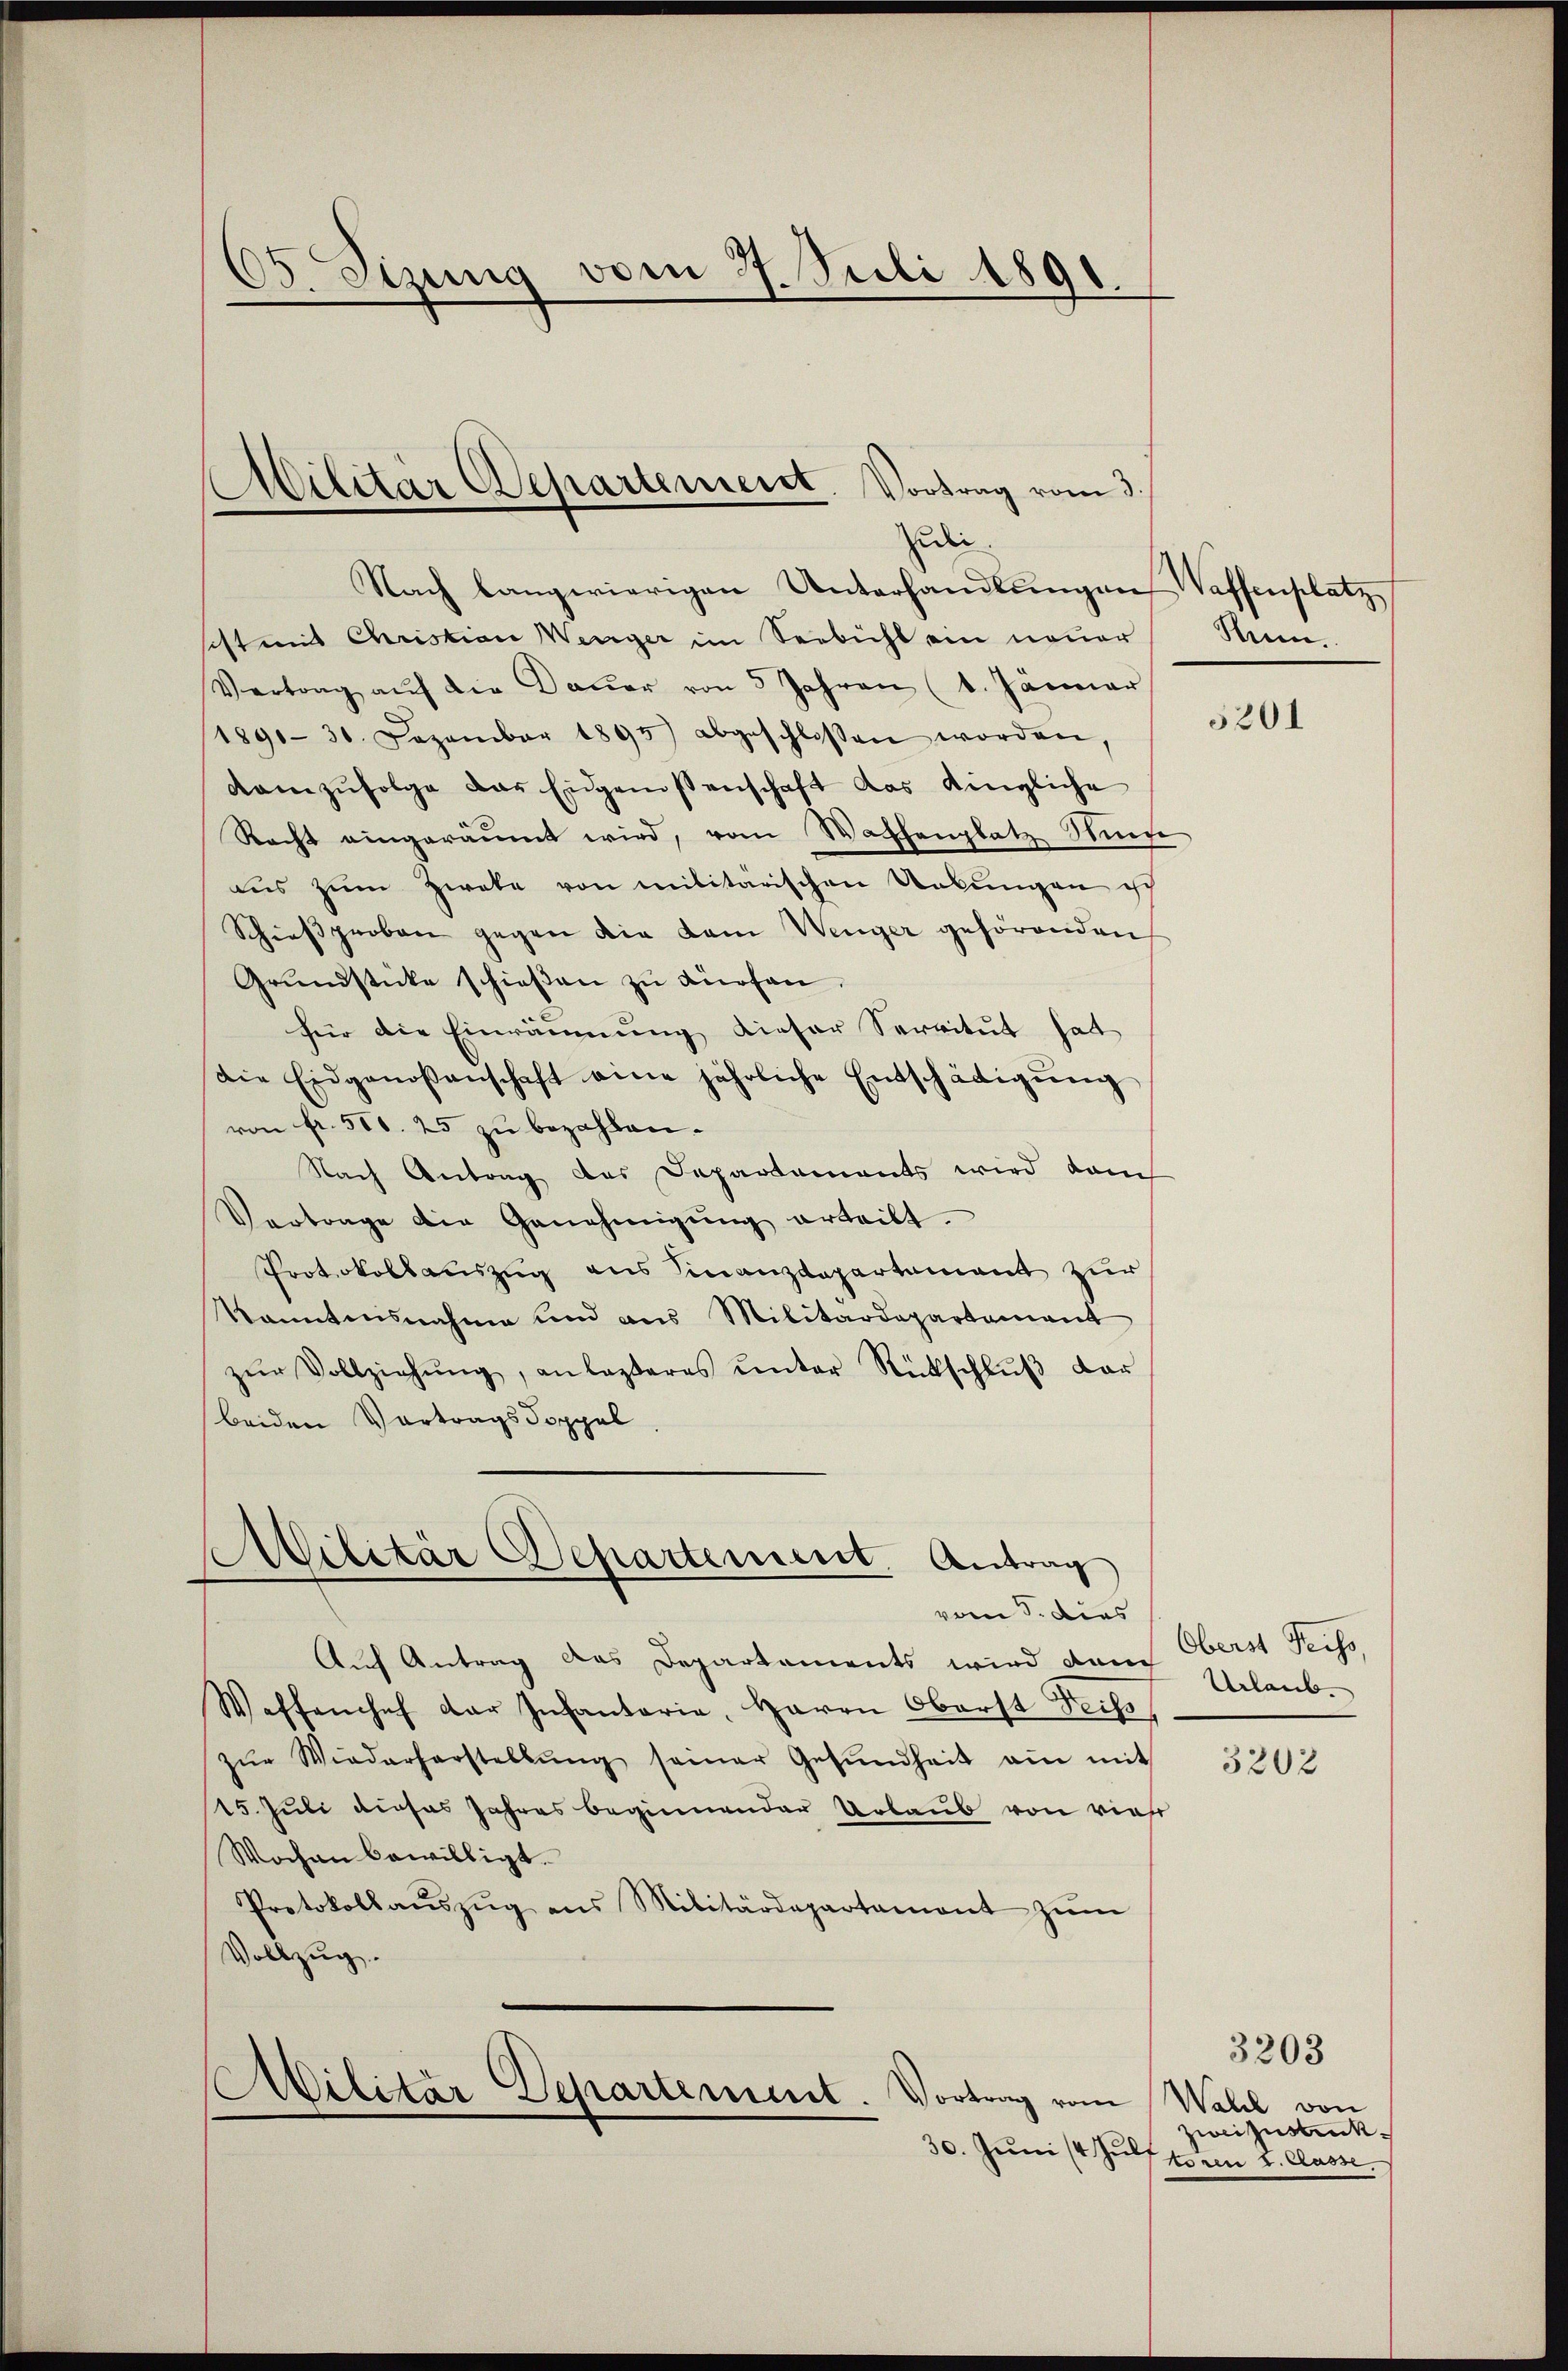
65. Sizung vom 27. Juli 1891.

Militär Departement. Vortrag vom 3.
udii.

Militär Departement. Antrag
vom 5. Dies

Nach langwierigen Unterhandlŭngen Vaffenplatz
ist mit Christian Weiger im Seebicht ein neuer
Vertrag aŭf die Daŭer von 5 Jahren (1. Jänner
1890-30. Dezember 1895) abgeschlossen worden,
kamzŭfolge das Eidgenossenschaft das dingliche
Recht eingeräumt wird, vom Wachenplatz Niede
aus zum Zweke von militärischen Uebungen isc
Schieβproben gegen die kam Wenger gehörenden
Grŭndstücke schieβen zŭ dürfen.
für die Einräumung dieser Servitut hat
die Eidgenoßenschaft eine jährliche Entschädigŭng
von fr. 510. 25 zu bezahlen.
Nach Antrag des Departements wird dam
Vertrage die Genehmigŭng erteilt.
Protokollauszug aus Finanzdepartement zur
kanntensnahme und aus Militärdepartement
zŭr Vollziehŭng, anlasseres ŭnter Rückschlŭβ der
beiden Vortragsdoppel

Auf Antrag des Departements wird dann Urlaub.
Waffenchef der Infantarie, Herrn Oberst Sechs
zŭr Wiederherstellŭng seiner Gesŭndheit am mit
15. Juli dieses Jahres beginnender Urlaub von riese
Wochen bewilligt.
Protokollaŭszŭg ans Militärdepartamont zŭm
Vollzug.

Militar Departiment
Vortrag vom

Hum.

5201

Oberst Feiss,

3202

Wahl von
Zweifenstruk
30. Juni (4 Jul toren v. Classe.

3203